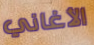
الأغاني